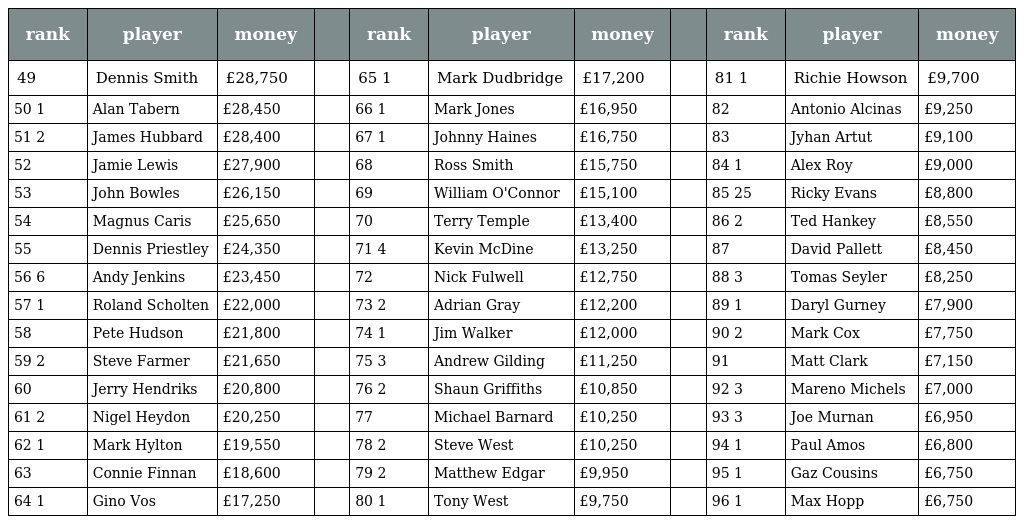
| rank | player | money |  | rank | player | money |  | rank | player | money |
 | --- | --- | --- | --- | --- | --- | --- | --- | --- | --- | --- |
 | 49 | Dennis Smith | £28,750 |  | 65 1 | Mark Dudbridge | £17,200 |  | 81 1 | Richie Howson | £9,700 |
 | 50 1 | Alan Tabern | £28,450 |  | 66 1 | Mark Jones | £16,950 |  | 82 | Antonio Alcinas | £9,250 |
 | 51 2 | James Hubbard | £28,400 |  | 67 1 | Johnny Haines | £16,750 |  | 83 | Jyhan Artut | £9,100 |
 | 52 | Jamie Lewis | £27,900 |  | 68 | Ross Smith | £15,750 |  | 84 1 | Alex Roy | £9,000 |
 | 53 | John Bowles | £26,150 |  | 69 | William O'Connor | £15,100 |  | 85 25 | Ricky Evans | £8,800 |
 | 54 | Magnus Caris | £25,650 |  | 70 | Terry Temple | £13,400 |  | 86 2 | Ted Hankey | £8,550 |
 | 55 | Dennis Priestley | £24,350 |  | 71 4 | Kevin McDine | £13,250 |  | 87 | David Pallett | £8,450 |
 | 56 6 | Andy Jenkins | £23,450 |  | 72 | Nick Fulwell | £12,750 |  | 88 3 | Tomas Seyler | £8,250 |
 | 57 1 | Roland Scholten | £22,000 |  | 73 2 | Adrian Gray | £12,200 |  | 89 1 | Daryl Gurney | £7,900 |
 | 58 | Pete Hudson | £21,800 |  | 74 1 | Jim Walker | £12,000 |  | 90 2 | Mark Cox | £7,750 |
 | 59 2 | Steve Farmer | £21,650 |  | 75 3 | Andrew Gilding | £11,250 |  | 91 | Matt Clark | £7,150 |
 | 60 | Jerry Hendriks | £20,800 |  | 76 2 | Shaun Griffiths | £10,850 |  | 92 3 | Mareno Michels | £7,000 |
 | 61 2 | Nigel Heydon | £20,250 |  | 77 | Michael Barnard | £10,250 |  | 93 3 | Joe Murnan | £6,950 |
 | 62 1 | Mark Hylton | £19,550 |  | 78 2 | Steve West | £10,250 |  | 94 1 | Paul Amos | £6,800 |
 | 63 | Connie Finnan | £18,600 |  | 79 2 | Matthew Edgar | £9,950 |  | 95 1 | Gaz Cousins | £6,750 |
 | 64 1 | Gino Vos | £17,250 |  | 80 1 | Tony West | £9,750 |  | 96 1 | Max Hopp | £6,750 |